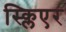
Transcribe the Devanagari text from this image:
स्क्लिएर